Annual returns of the Patna Lunatic Asylum at Bankipore in Bihar and Orissa - 1912-1924
Year: 1912
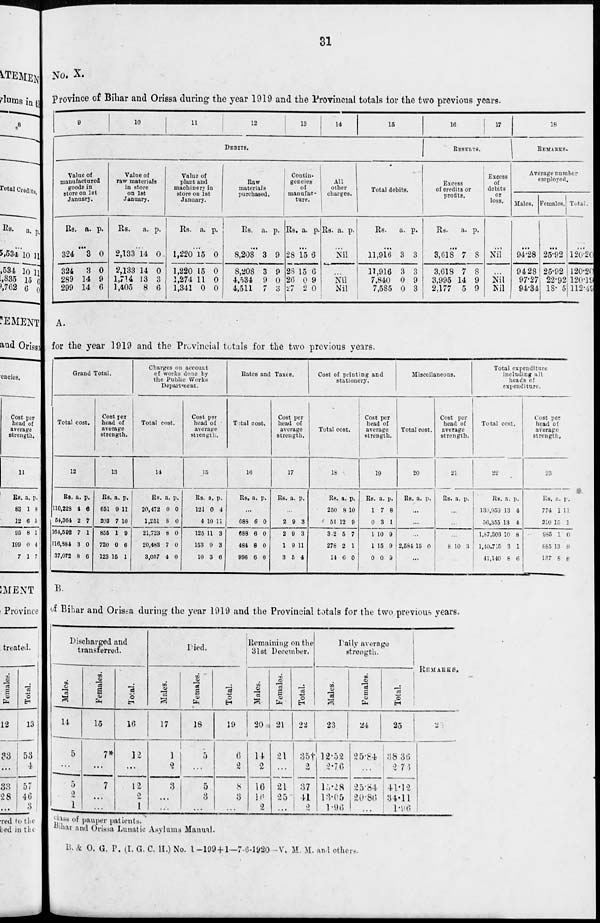
31
No. X.
Province of Bihar and Orissa during the year 1919 and the Provincial totals for the two previous years.
9
10
11
12
13
14
15
DEBITS.
Value of
manufactured
goods in
store on 1st
January.
Rs. a. p.
...
324
324
289
299
3
3
14
14
0
0
9
6
Value of
raw materials
in store
on 1st
January.
Rs.
a.
p.
...
2,133
2,133
1,714
1,405
14
14
13
8
0
0
3
6
Value of
plant and
machinery in
store on 1st
January.
Rs. a.
p.
...
1,220
1,220
1,274
1,341
15
15
11
0
0
0
0
0
Raw
materials
purchased.
Rs. a.
p.
...
8,208
8,208
4,534
4,511
3
3
9
7
9
9
0
3
Contin-
gencies
of
manufac-
ture.
Rs. a.
p.
...
28
28
26
27
15
15
0
2
6
6
9
0
All
other
charges.
Rs. a. p.
...
Nil
...
Nil
Nil
Total debits.
Rs.
a.
p.
...
11,916
11,916
7,840
7,585
3
3
0
0
3
3
9
3
16
17
RESULTS.
Excess
of credits or
profits.
Rs.
a.
p.
...
3,618
3,618
3,995
2,177
7
7
14
5
8
8
9
9
Excess
of
debits
or
loss.
...
Nil
...
Nil
Nil
18
REMARKS.
Average number
employed.
Males.
...
94.28
94.28
97.27
94.34
Females.
...
25.92
25.92
22.92
18. 5
Total.
...
120.20
120.20
120.10
112.49
A.
for the year 1919 and the Provincial totals for the two previous years.
Grand Total.
Total cost.
12
Rs.
110,228
54,364
164,592
16,884
37,072
a.
4
2
7
3
8
p.
6
7
1
0
6
Cost per
head of
average
strength.
13
Rs.
651
203
855
720
123
a.
9
7
1
0
15
p.
11
10
0
6
1
Charges on account
of works done by
the Public Works
Department.
Total cost.
14
Rs.
20,472
1,251
21,723
20,483
3,057
a.
0
8
8
7
4
p.
0
0
0
0
0
Cost per
head of
average
strength.
15
Rs.
121
4
125
153
10
a.
0
10
11
9
3
p.
4
11
3
3
6
Rates and Taxes.
Total cost.
16
Rs. a.
p.
...
688
688
484
996
6
6
8
6
0
0
0
0
Cost per
head of
average
strength.
17
Rs. a.
p.
...
2
2
1
3
9
9
9
5
3
3
11
4
Cost of printing and
stationery.
Total cost.
18
Rs.
250
51
362
278
14
a.
8
12
5
2
0
p.
10
9
7
1
0
Cost per
head of
average
strength.
19
Rs.
1
0
1
1
0
a.
7
3
10
15
0
p.
8
1
9
9
9
Miscellaneous.
Total cost.
20
Rs. a.
p.
...
...
...
2,584 15 0
...
Cost per
head of
average
strength.
21
Rs. a.
p.
...
...
...
8 10 3
...
Total expenditure
including all
heads of
expenditure.
Total cost.
22
Rs.
130,950
36,355
l,87,306
140,715
41,140
a.
13
13
10
3
8
p.
4
4
8
1
6
Cost per
head of
average
strength.
23
Rs.
774
210
985
885
137
a.
1
15
1
13
8
p.
1 1
1
0
8
8
B
of Bihar and Orissa during the year 1919 and the Provincial totals for the two previous years.
Discharged and
transferred.
Males.
14
5
...
5
2
1
Females.
15
7*
...
7
...
...
Total.
16
12
...
12
2
1
Died.
Males.
17
1
2
3
...
...
Females.
18
5
...
5
3
...
Total.
19
6
2
8
3
...
Remaining on the
31st December.
Males.
20
14
2
16
16
2
Females.
21
21
...
21
25
...
Total.
22
35†
2
37
41
2
Daily average
strength.
Males.
23
12.52
2.76
15.28
13.05
1. 96
Females.
24
25.84
...
25.84
20.86
...
Total.
25
38.36
2.76
41.12
34.11
1.96
REMARKS.
26
cl ass of pauper patients.
Bihar and Orissa Lunatic Asylums Manual.
B. & O. G. P. (I.G.C. H.) No. 1—199 + 1—7-6-1920 -V. M. M. and others.